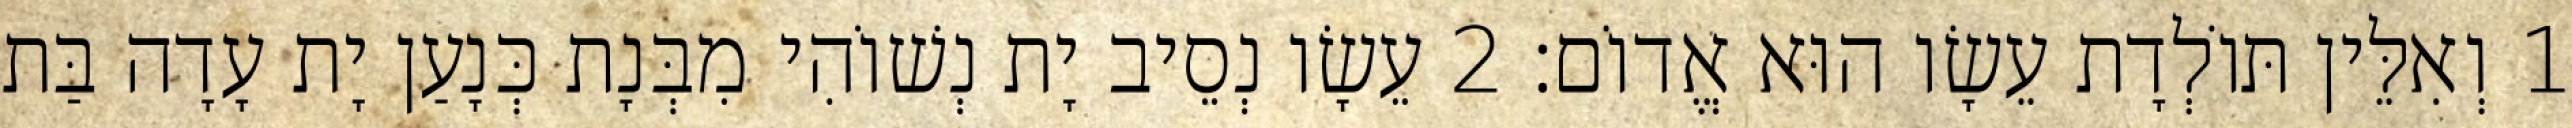
1 וְאִלֵּין תּוֹלְדָת עֵשָׂו הוּא אֱדוֹם׃ 2 עֵשָׂו נְסֵיב יָת נְשׁוֹהִי מִבְּנָת כְּנָעַן יָת עָדָה בַּת